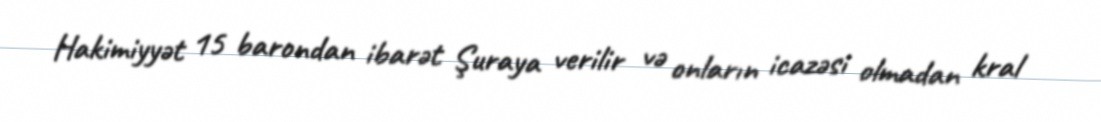
Hakimiyyət 15 barondan ibarət Şuraya verilir və onların icazəsi olmadan kral